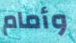
وأمام